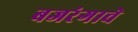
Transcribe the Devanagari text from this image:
बजरंगाचे